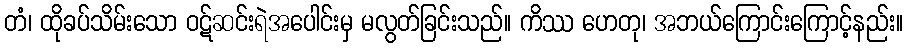
တံ၊ ထိုခပ်သိမ်းသော ဝဋ်ဆင်းရဲအပေါင်းမှ မလွတ်ခြင်းသည်။ ကိဿ ဟေတု၊ အဘယ်ကြောင်းကြောင့်နည်း။